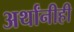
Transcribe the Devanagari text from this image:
अर्थांनीही